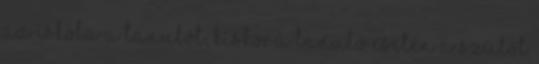
az iskola a tanulót, kiskorú tanuló esetén a szülőt